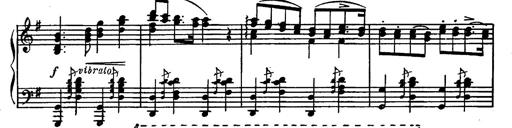
Title: Magyar rapszÃ³diÃ¡k
Composer: Franz Liszt